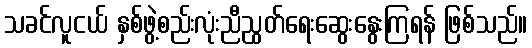
သခင်လူငယ် နှစ်ဖွဲ့စည်းလုံးညီညွတ်ရေးဆွေးနွေးကြရန် ဖြစ်သည်။